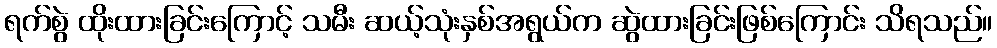
ရက်စွဲ ထိုးထားခြင်းကြောင့် သမီး ဆယ့်သုံးနှစ်အရွယ်က ဆွဲထားခြင်းဖြစ်ကြောင်း သိရသည်။